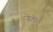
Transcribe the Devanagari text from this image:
जोडी।